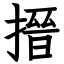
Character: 搢